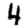
Digit: 4